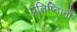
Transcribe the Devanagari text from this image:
प्रतिष्ठिानों